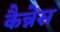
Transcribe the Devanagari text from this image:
कैन्नेस